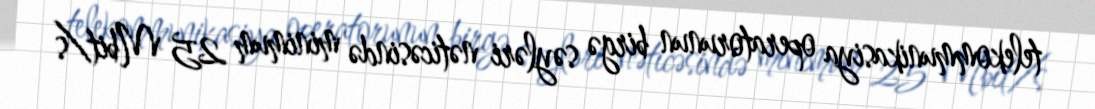
telekommunikasiya operatorunun birgə səyləri nəticəsində minimum 25 Mbit/s